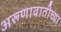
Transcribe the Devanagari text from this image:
अरूणावातीच्या